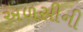
અળસીની